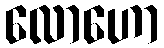
လောဟော